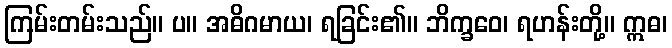
ကြမ်းတမ်းသည်။ ပ။ အဓိဂမာယ၊ ရခြင်း၏။ ဘိက္ခဝေ၊ ရဟန်းတို့။ ဣဓ၊